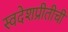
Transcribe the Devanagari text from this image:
स्वदेशप्रीतीची